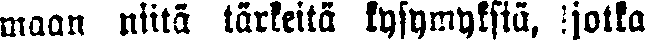
maan niitä tärkeitä kysymyksiä, jotka